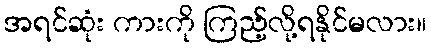
အရင်ဆုံး ကားကို ကြည့်လို့ရနိုင်မလား။